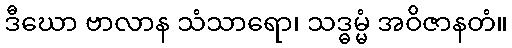
ဒီဃော ဗာလာန သံသာရော၊ သဒ္ဓမ္မံ အဝိဇာနတံ။